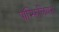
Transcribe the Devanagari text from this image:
पॉम्फिलियस